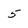
Character: 5